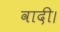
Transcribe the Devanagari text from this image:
वादी।